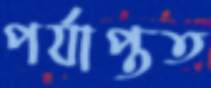
পর্যাপ্তত